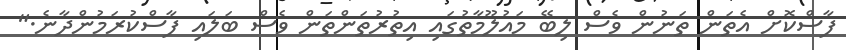
ފާސްކޮށް އެތަން ތަނުން ވެސް ލިބޭ މައުލޫމާތުގައި އިތުރުތަންތަން ވެސް ބަލައި ފާސްކުރަމުންދާނެ."